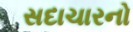
સદાચારનો